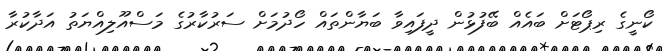
ކޯނީގެ ރިޕޯޓަށް ބައެއް ބޭފުޅުން ދީފައިވާ ބަޔާންތައް ހޯދުމަށް ސަރުކާރުގެ މަސްއޫލިއްޔަތު އަދާކުރާ